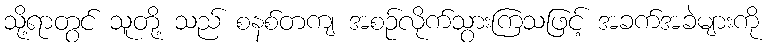
သို့ရာတွင် သူတို့ သည် စနစ်တကျ အစဉ်လိုက်သွားကြသဖြင့် အခက်အခဲများကို